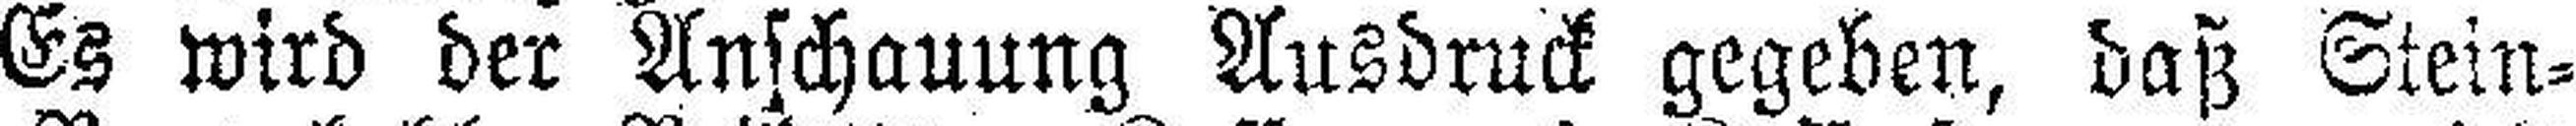
Es wird der Anschauung Ausdruck gegeben, daß Stein¬